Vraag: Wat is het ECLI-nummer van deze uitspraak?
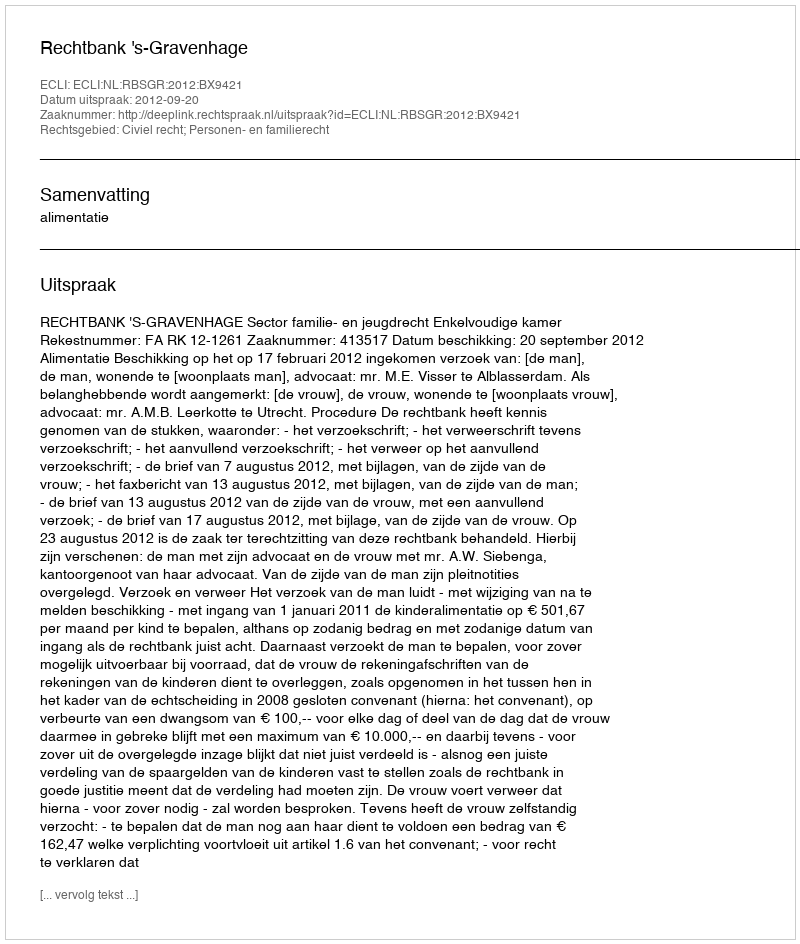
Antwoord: ECLI:NL:RBSGR:2012:BX9421